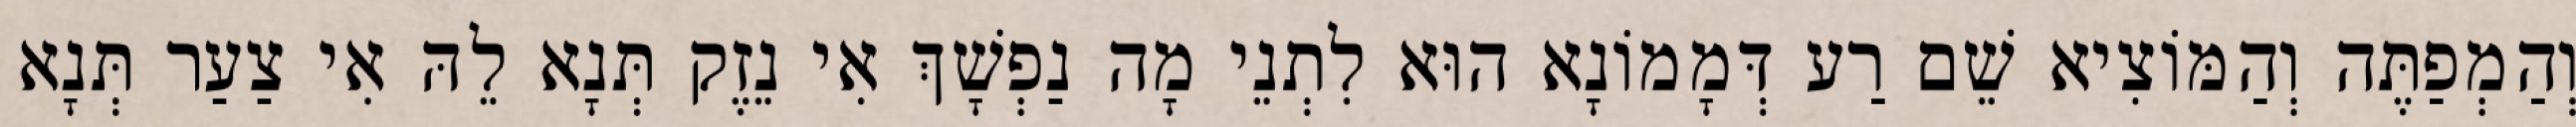
וְהַמְפַתֶּה וְהַמּוֹצִיא שֵׁם רַע דְּמָמוֹנָא הוּא לִתְנֵי מָה נַפְשָׁךְ אִי נֵזֶק תְּנָא לֵהּ אִי צַעַר תְּנָא